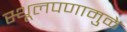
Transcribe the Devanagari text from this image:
स्थूलपणामुळे